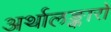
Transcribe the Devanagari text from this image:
अर्थालङ्कारो